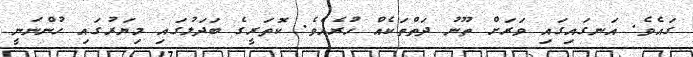
ގައެވެ. އަނގައިގައި ވަރަށް ތޫނު ދަތްތަކެއް ހުރެއެވެ. ކޮތަރީގެ ބަދަލުގައި މިޔަރުގައި ހުންނަނީ